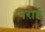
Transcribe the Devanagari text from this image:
बराई